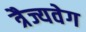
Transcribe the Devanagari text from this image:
त्रैज्यवेग